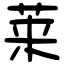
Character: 莱